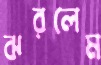
ঝরলেম